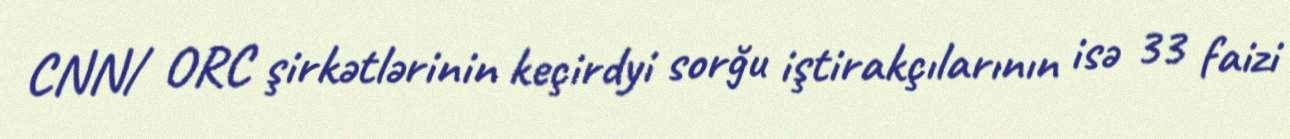
CNN/ ORC şirkətlərinin keçirdyi sorğu iştirakçılarının isə 33 faizi